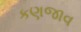
કણજાવ